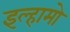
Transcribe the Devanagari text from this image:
इल्हामो